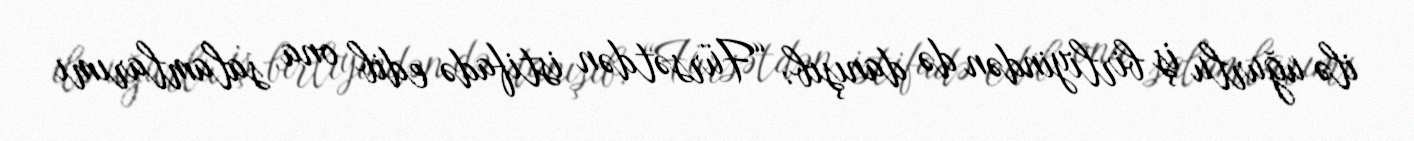
ilə uğurlu iş birliyindən də danışıb: “Fürsətdən istifadə edib ona salamlarımı